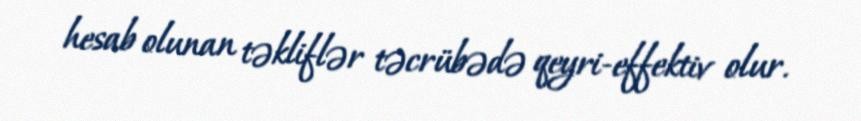
hesab olunan təkliflər təcrübədə qeyri-effektiv olur.